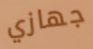
جهازي